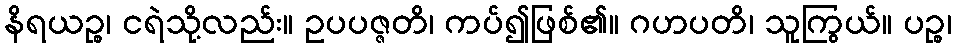
နိရယဉ္စ၊ ငရဲသို့လည်း။ ဥပပဇ္ဇတိ၊ ကပ်၍ဖြစ်၏။ ဂဟပတိ၊ သူကြွယ်။ ပဉ္စ၊